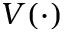
V ( \cdot )